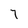
Character: 7